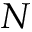
N